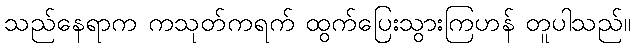
သည်နေရာက ကသုတ်ကရက် ထွက်ပြေးသွားကြဟန် တူပါသည်။